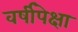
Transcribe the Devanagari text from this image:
वर्षीपेक्षा